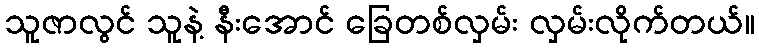
သူဇာလွင် သူနဲ့ နီးအောင် ခြေတစ်လှမ်း လှမ်းလိုက်တယ်။